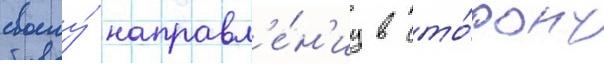
своему́ направл'е́н'иу в сто́рону